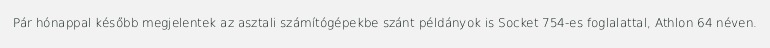
Pár hónappal később megjelentek az asztali számítógépekbe szánt példányok is Socket 754-es foglalattal, Athlon 64 néven.